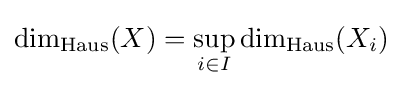
\dim _{\operatorname {Haus} }(X)=\sup _{i\in I}\dim _{\operatorname {Haus} }(X_{i})